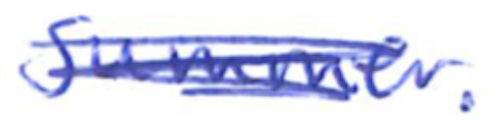
Text: summer.
Cross-out: scratch
Writing tool: ballpoint